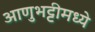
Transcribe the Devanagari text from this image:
आणुभट्टीमध्ये